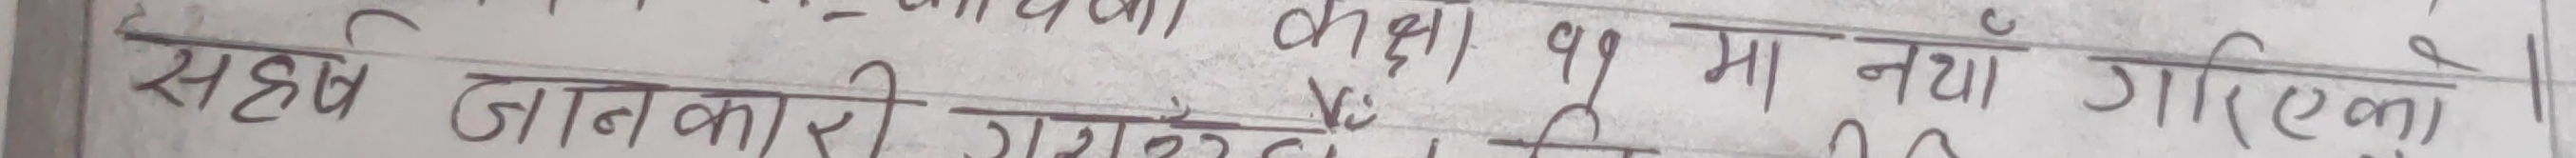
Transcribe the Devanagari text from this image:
सद्भव जानकारी गरिएका थिए । कक्षा ११ मा नयाँ गरिएका ।